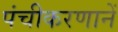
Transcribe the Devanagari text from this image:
पंचीकरणानें